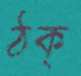
ঠক্